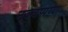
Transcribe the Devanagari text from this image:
नञ्चप्पय्या